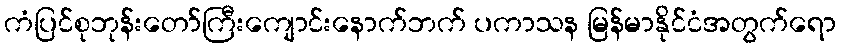
ကံပြင်စုဘုန်းတော်ကြီးကျောင်းနောက်ဘက် ပကာသန မြန်မာနိုင်ငံအတွက်ရော